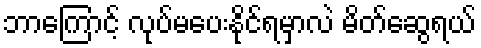
ဘာကြောင့် လုပ်မပေးနိုင်ရမှာလဲ မိတ်ဆွေရယ်